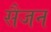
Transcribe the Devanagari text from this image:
सैजन